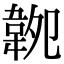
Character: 𩎝